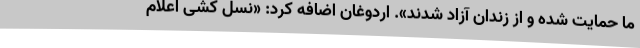
ما حمایت شده و از زندان آزاد شدند». اردوغان اضافه کرد: «نسل کشی اعلام